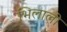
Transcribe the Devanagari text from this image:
भिलाली